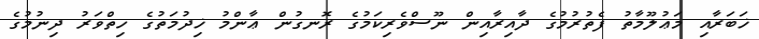
ޚަބަރާއި މަޢުލޫމާތު ފެތުރުމުގެ ދާއިރާއިން ނޫސްވެރިކަމުގެ ރޮނގުން ޢާންމު ޚިދުމަތުގެ ހިތްވަރު ދިނުމުގެ